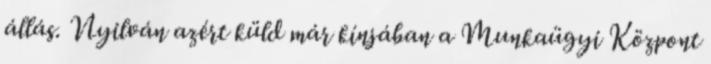
állás. Nyilván azért küld már kínjában a Munkaügyi Központ